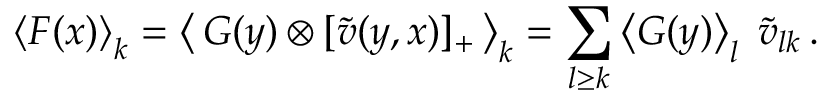
\left< F ( x ) \right> _ { k } = \left< \, G ( y ) \otimes [ \tilde { v } ( y , x ) ] _ { + } \, \right> _ { k } = \sum _ { l \ge k } \left< G ( y ) \right> _ { l } \; \tilde { v } _ { l k } \, .